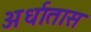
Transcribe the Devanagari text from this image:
अर्धातास